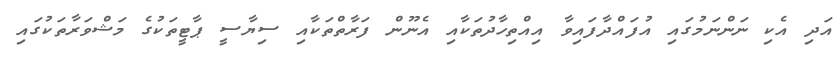
އަދި އެކި ނަންނަމުގައި އުފައްދާފައިވާ އިއްތިހާދުތަކާއި އެނޫން ފަރާތްތަކާއި ސިޔާސީ ޕާޓީތަކުގެ މަޝްވަރާތަކުގައި